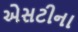
એસટીના